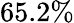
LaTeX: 65.2\%